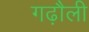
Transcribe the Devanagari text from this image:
गढ़ौली